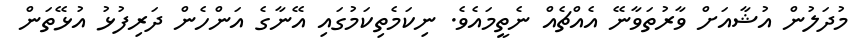
މުދަލުން އުޝާއަށް ވާރުތަވާނޭ އެއްޗެއް ނެތީމައެވެ. ނިކަމެތިކަމުގައި އޭނާގެ އަންހެން ދަރިފުޅު އުޅޭތަން